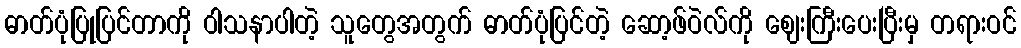
ဓာတ်ပုံပြုပြင်တာကို ဝါသနာပါတဲ့ သူတွေအတွက် ဓာတ်ပုံပြင်တဲ့ ဆော့ဖ်ဝဲလ်ကို ဈေးကြီးပေးပြီးမှ တရားဝင်